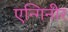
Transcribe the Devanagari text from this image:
एन्गिनीर